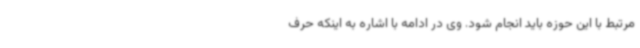
مرتبط با این حوزه باید انجام شود. وی در ادامه با اشاره به اینکه حرف